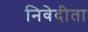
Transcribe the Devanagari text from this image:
निवेदीता